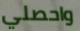
واحصلي